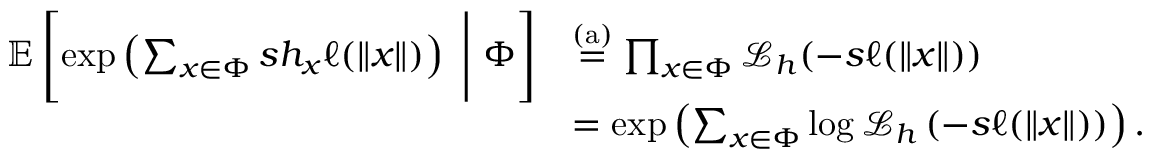
\begin{array} { r l } { \mathbb { E } \left[ \exp \left( \sum _ { x \in \Phi } s h _ { x } \ell ( \| x \| ) \right) ~ \Bigg | ~ \Phi \right] } & { \stackrel { \mathrm { \scriptsize ( a ) } } { = } \prod _ { x \in \Phi } \mathcal { L } _ { h } ( - s \ell ( \| x \| ) ) } \\ & { = \exp \left( \sum _ { x \in \Phi } \log \mathcal { L } _ { h } \left( - s \ell ( \| x \| ) \right) \right) . } \end{array}